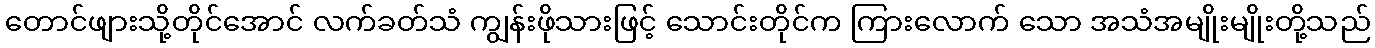
တောင်ဖျားသို့တိုင်အောင် လက်ခတ်သံ ကျွန်းဖိုသားဖြင့် သောင်းတိုင်က ကြားလောက် သော အသံအမျိုးမျိုးတို့သည်